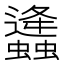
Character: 𧔧